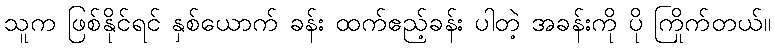
သူက ဖြစ်နိုင်ရင် နှစ်ယောက် ခန်း ထက်ဧည့်ခန်း ပါတဲ့ အခန်းကို ပို ကြိုက်တယ်။